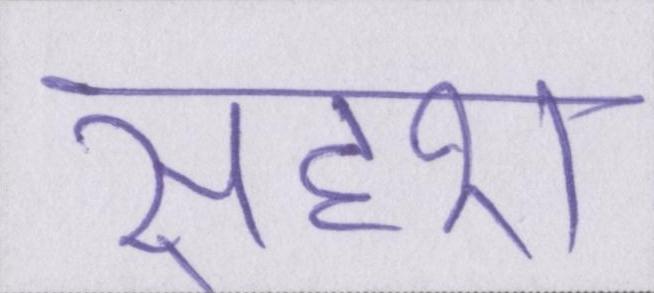
सदृश